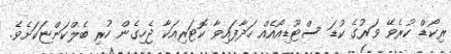
ރިކޯޑް ކުރެވޭ ވަރުގެ ކުޑަ ސްޓޫޑިއޯއެއް ހަދާފައިވާ ކޮޓަރިއަކާ ޖެހިގެން ހުރި ބެލްކަންޏަކަށެވެ.